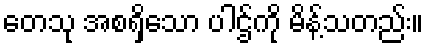
တေသု အစရှိသော ပါဌ်ကို မိန့်သတည်း။